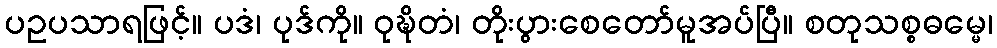
ပဥပသာရဖြင့်။ ပဒံ၊ ပုဒ်ကို။ ဝုဍ္ဎိတံ၊ တိုးပွားစေတော်မူအပ်ပြီ။ စတုသစ္စဓမ္မေ၊